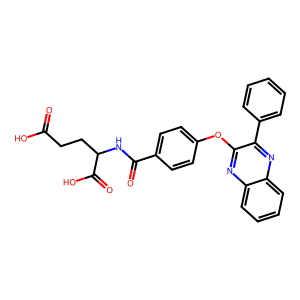
SMILES: O=C(O)CCC(NC(=O)c1ccc(Oc2nc3ccccc3nc2-c2ccccc2)cc1)C(=O)O
Inhibits HIV replication: No